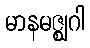
မာနမဇ္ဈဂါ